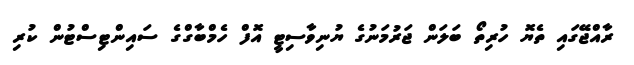
ރާއްޖޭގައި ތެޔޮ ހުރިތޯ ބަލަން ޖަރުމަނުގެ ޔުނިވާސިޓީ އޮފް ހެމްބާގްގެ ސައިންޓިސްޓުން ކުރި